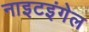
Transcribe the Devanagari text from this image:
नाइटइंगेल